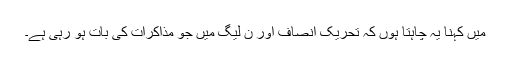
میں کہنا یہ چاہتا ہوں کہ تحریک انصاف اور ن لیگ میں جو مذاکرات کی بات ہو رہی ہے۔